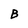
Character: B